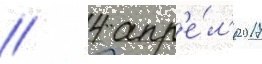
// 4 апр'е́л'я 2017